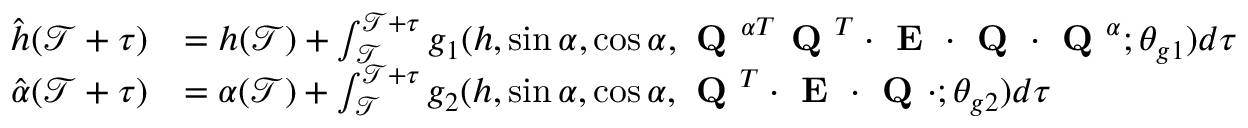
\begin{array} { r l } { \hat { h } ( \mathcal { T } + \tau ) } & { = h ( \mathcal { T } ) + \int _ { \mathcal { T } } ^ { \mathcal { T } + \tau } g _ { 1 } ( h , \sin \alpha , \cos \alpha , \textbf { Q } ^ { \alpha T } \textbf { Q } ^ { T } \cdot \textbf { E } \cdot \textbf { Q } \cdot \textbf { Q } ^ { \alpha } ; \theta _ { g 1 } ) d \tau } \\ { \hat { \alpha } ( \mathcal { T } + \tau ) } & { = \alpha ( \mathcal { T } ) + \int _ { \mathcal { T } } ^ { \mathcal { T } + \tau } g _ { 2 } ( h , \sin \alpha , \cos \alpha , \textbf { Q } ^ { T } \cdot \textbf { E } \cdot \textbf { Q } \cdot ; \theta _ { g 2 } ) d \tau } \end{array}